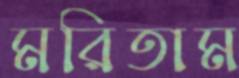
মরিতাম